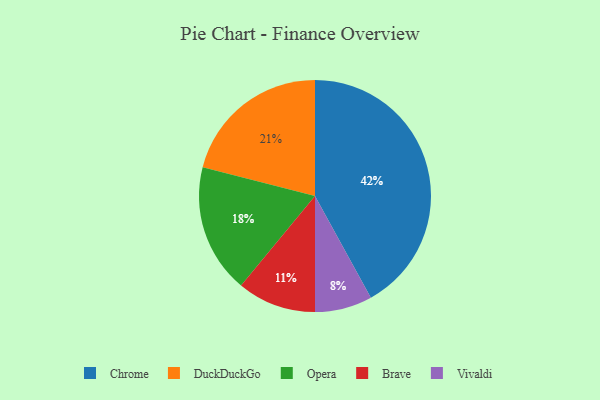
{"axis": {"x": "Category", "y": "Percentage"}, "legend": ["Brave", "Chrome", "DuckDuckGo", "Opera", "Vivaldi"], "data": [{"x": "Vivaldi", "y": 8, "type": "Vivaldi"}, {"x": "Opera", "y": 18, "type": "Opera"}, {"x": "DuckDuckGo", "y": 21, "type": "DuckDuckGo"}, {"x": "Brave", "y": 11, "type": "Brave"}, {"x": "Chrome", "y": 42, "type": "Chrome"}]}